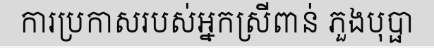
ការប្រកាសរបស់អ្នកស្រីពាន់ ភួងបុប្ផា